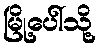
မြို့ပေါ်သို့